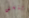
وينستن